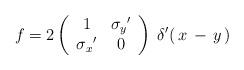
LaTeX: \begin{align*}f = 2 \left( \begin{array}{cc} 1 & {\sigma_y}' \\ {\sigma_x}' & 0 \end{array} \right)\;\delta'(\,x\,-\,y\,)\end{align*}